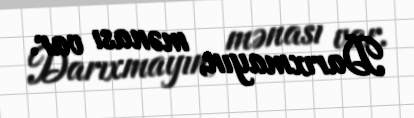
Darıxmayın, mənası var.